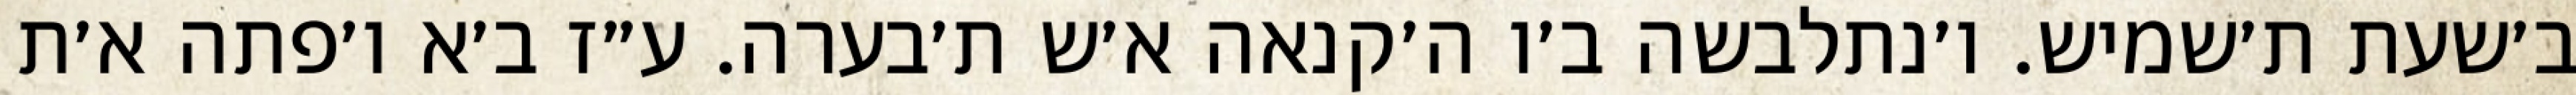
ב׳שעת ת׳שמיש. ו׳נתלבשה ב׳ו ה׳קנאה א׳ש ת׳בערה. ע״ז ב׳א ו׳פתה א׳ת